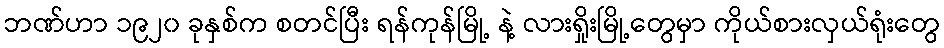
ဘဏ်ဟာ ၁၉၂၀ ခုနှစ်က စတင်ပြီး ရန်ကုန်မြို့ နဲ့ လားရှိုးမြို့တွေမှာ ကိုယ်စားလှယ်ရုံးတွေ